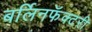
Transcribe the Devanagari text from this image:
बर्लिनफॅक्टरी